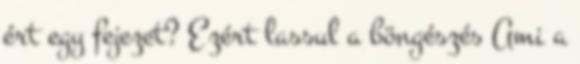
ért egy fejezet? Ezért lassul a böngészés Ami a